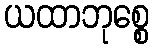
ယထာဘုစ္စေ